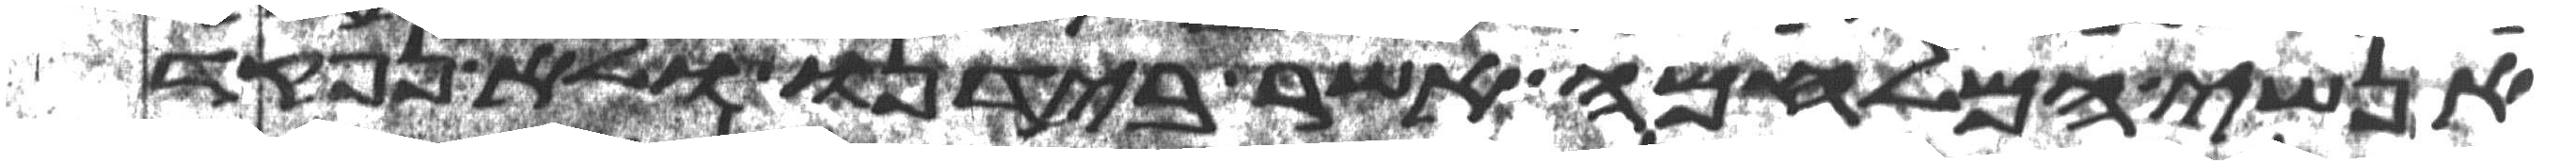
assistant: אנשי המלחמה אשר בידנו ולא נפקד